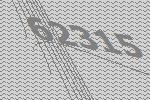
62315